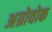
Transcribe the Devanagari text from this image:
अग्रोवोक